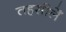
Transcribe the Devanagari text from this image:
तहसीलेँ